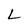
Character: L